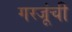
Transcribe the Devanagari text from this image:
गरजूंची